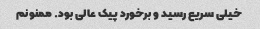
خیلی سریع رسید و برخورد پیک عالی بود. ممنونم